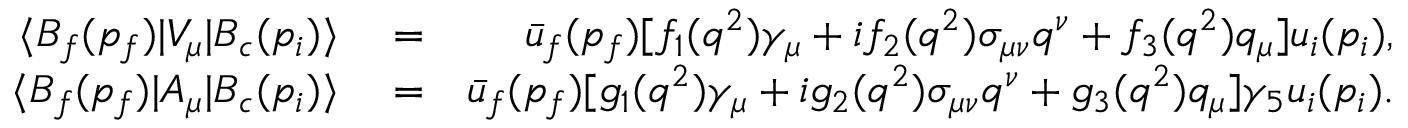
\begin{array} { r l r } { \langle { \cal B } _ { f } ( p _ { f } ) | V _ { \mu } | { \cal B } _ { c } ( p _ { i } ) \rangle } & { { } = } & { \bar { u } _ { f } ( p _ { f } ) [ f _ { 1 } ( q ^ { 2 } ) \gamma _ { \mu } + i f _ { 2 } ( q ^ { 2 } ) \sigma _ { \mu \nu } q ^ { \nu } + f _ { 3 } ( q ^ { 2 } ) q _ { \mu } ] u _ { i } ( p _ { i } ) , } \\ { \langle { \cal B } _ { f } ( p _ { f } ) | A _ { \mu } | { \cal B } _ { c } ( p _ { i } ) \rangle } & { { } = } & { \bar { u } _ { f } ( p _ { f } ) [ g _ { 1 } ( q ^ { 2 } ) \gamma _ { \mu } + i g _ { 2 } ( q ^ { 2 } ) \sigma _ { \mu \nu } q ^ { \nu } + g _ { 3 } ( q ^ { 2 } ) q _ { \mu } ] \gamma _ { 5 } u _ { i } ( p _ { i } ) . } \end{array}